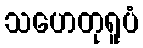
သဟေတုရူပံ